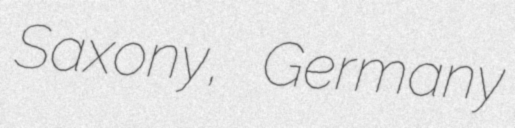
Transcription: Saxony, Germany